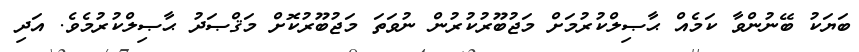
ބަޔަކު ބޭނުންވާ ކަމެއް ޙާޞިލްކުރުމަށް މަޖުބޫރުކުރުން ނުވަތަ މަޖުބޫރުކޮށް މަޤްޞަދު ޙާޞިލްކުރުމެވެ. އަދި